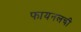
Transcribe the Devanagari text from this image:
फायनलची